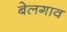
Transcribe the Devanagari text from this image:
बेलगाव